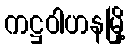
ကဋ္ဌဝါဟနမြို့